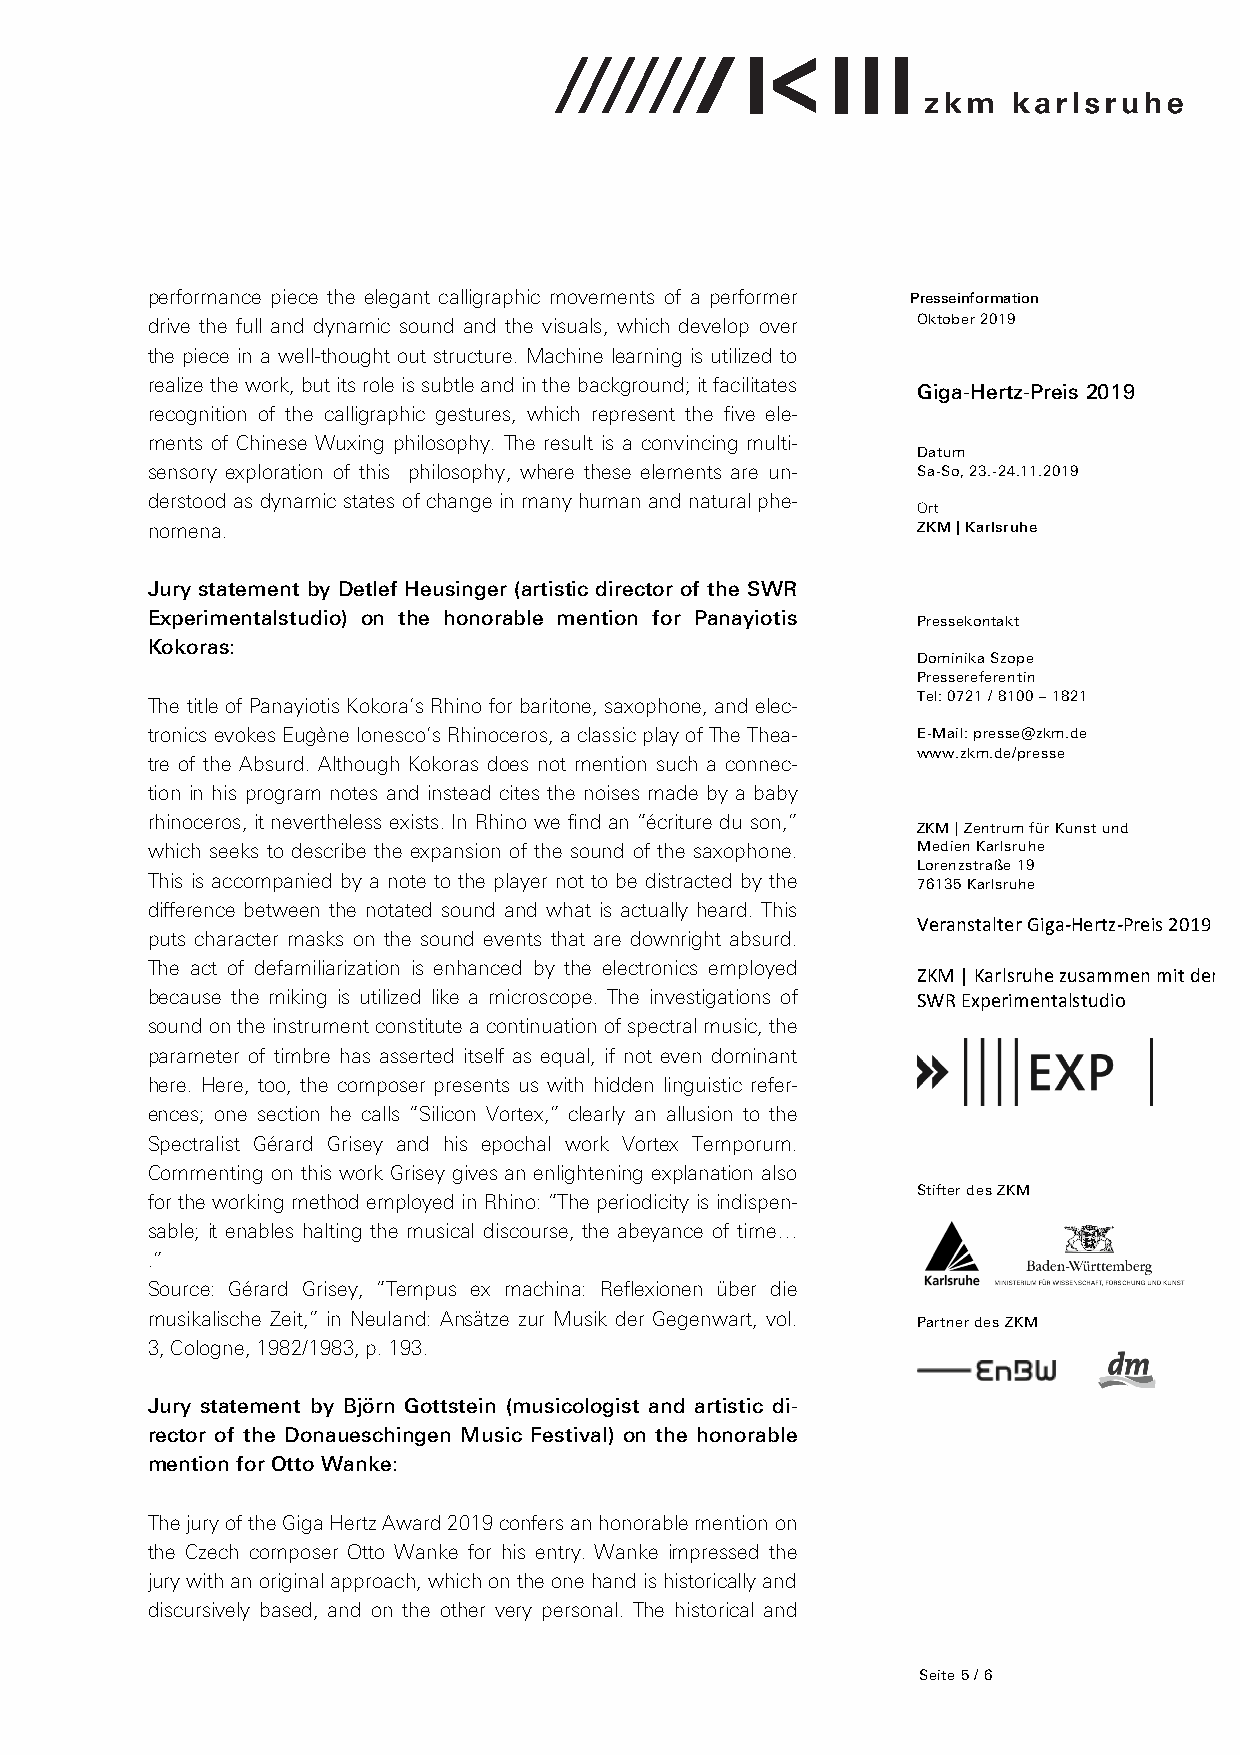
performance piece the elegant calligraphic movements of a performer C Presseinformation
 drive the full and dynamic sound and the visuals, which develop over Oktober 2019
 the piece in a well-thought out structure. Machine learning is utilized to
 realize the work, but its role is subtle and in the background; it facilitates
 Giga-Hertz-Preis 2019
 recognition of the calligraphic gestures, which represent the five ele-
 ments of Chinese Wuxing philosophy. The result is a convincing multi-
 Datum
 sensory exploration of this philosophy, where these elements are un- Sa-So, 23.-24.11.2019
 derstood as dynamic states of change in many human and natural phe-
 Ort
 nomena.                                            ZKM | Karlsruhe
 Jury statement by Detlef Heusinger (artistic director of the SWR
 Experimentalstudio) on the honorable mention for Panayiotis Pressekontakt
 Kokoras:
 Dominika Szope
 Pressereferentin
 Tel: 0721 / 8100 – 1821
 The title of Panayiotis Kokora’s Rhino for baritone, saxophone, and elec-
 tronics evokes Eugène Ionesco’s Rhinoceros, a classic play of The Thea- E-Mail: presse@zkm.de
 www.zkm.de/presse
 tre of the Absurd. Although Kokoras does not mention such a connec-
 tion in his program notes and instead cites the noises made by a baby
 rhinoceros, it nevertheless exists. In Rhino we find an “écriture du son,”
 ZKM | Zentrum für Kunst und
 which seeks to describe the expansion of the sound of the saxophone. Medien Karlsruhe
 Lorenzstraße 19
 This is accompanied by a note to the player not to be distracted by the 76135 Karlsruhe
 difference between the notated sound and what is actually heard. This
 Veranstalter Giga-­‐Hertz-­‐Preis 2019
 puts character masks on the sound events that are downright absurd.
 The act of defamiliarization is enhanced by the electronics employed
 ZKM | Karlsruhe zusammen mit dem
 because the miking is utilized like a microscope. The investigations of SWR Experimentalstudio
 sound on the instrument constitute a continuation of spectral music, the
 parameter of timbre has asserted itself as equal, if not even dominant
 here. Here, too, the composer presents us with hidden linguistic refer-
 ences; one section he calls “Silicon Vortex,” clearly an allusion to the
 Spectralist Gérard Grisey and his epochal work Vortex Temporum.
 Commenting on this work Grisey gives an enlightening explanation also
 Stifter des ZKM
 for the working method employed in Rhino: “The periodicity is indispen-
 sable; it enables halting the musical discourse, the abeyance of time…
 .”
 Source: Gérard Grisey, “Tempus ex machina: Reflexionen über die
 musikalische Zeit,” in Neuland: Ansätze zur Musik der Gegenwart, vol. Partner des ZKM
 3, Cologne, 1982/1983, p. 193.
 Jury statement by Björn Gottstein (musicologist and artistic di-
 rector of the Donaueschingen Music Festival) on the honorable
 mention for Otto Wanke:
 The jury of the Giga Hertz Award 2019 confers an honorable mention on
 the Czech composer Otto Wanke for his entry. Wanke impressed the
 jury with an original approach, which on the one hand is historically and
 discursively based, and on the other very personal. The historical and
 Seite 5 / 6